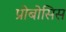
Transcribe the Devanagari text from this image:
प्रोबोसिस